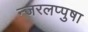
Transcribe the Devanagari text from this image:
न्जरलप्पुषा